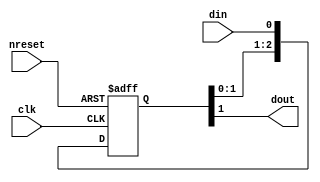
// This program was cloned from: https://github.com/aolofsson/oh
// License: MIT License

//#############################################################################
//# Function: Clock synchronizer                                              #
//#############################################################################
//# Author:   Andreas Olofsson                                                #
//# License:  MIT (see LICENSE file in OH! repository)                        #
//#############################################################################

module oh_dsync
  #(parameter SYNCPIPE = 2,        // number of sync stages
    parameter DELAY    = 0,        // random delay
    parameter TARGET   = "DEFAULT" // scell type/size
    )
   (
    input  clk, // clock
    input  nreset, // clock
    input  din, // input data
    output dout    // synchronized data
    );

   generate
      if(TARGET == "DEFAULT")	begin
	 reg [SYNCPIPE:0] sync_pipe;
	 always @ (posedge clk or negedge nreset)
	   if(!nreset)
	     sync_pipe[SYNCPIPE:0] <= 'b0;
	   else
	     sync_pipe[SYNCPIPE:0] <= {sync_pipe[SYNCPIPE-1:0],din};
	 // drive randomize delay from testbench
	 assign dout = (DELAY & sync_pipe[SYNCPIPE]) |  //extra cycle
		       (~DELAY & sync_pipe[SYNCPIPE-1]); //default
      end // block: reg
      else
	begin
	   asic_dsync  #(.TARGET(TARGET),
			 .SYNCPIPE(SYNCPIPE))
	   asic_dsync (.clk(clk),
		       .nreset(nreset),
		       .din(din),
		       .dout(dout));
	end
   endgenerate
endmodule // oh_dsync